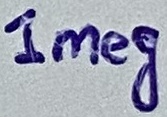
Text: 1meg